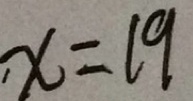
x = 1 9